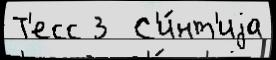
Т'есс 3  С'и́нт'иjа